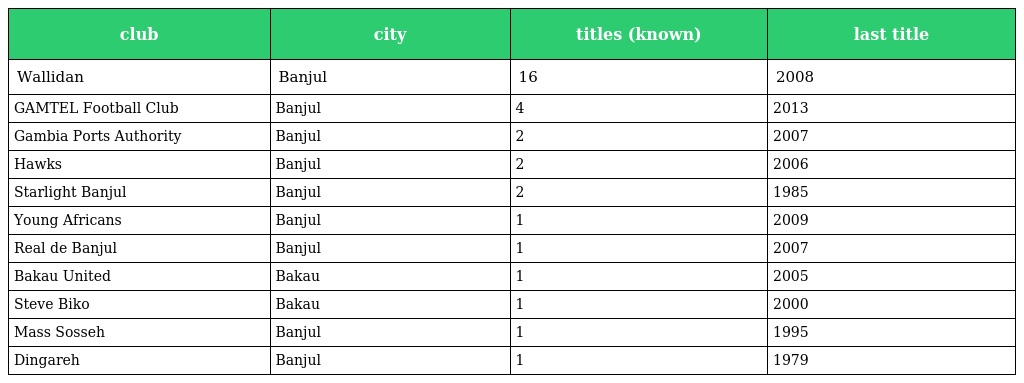
| club | city | titles (known) | last title |
 | --- | --- | --- | --- |
 | Wallidan | Banjul | 16 | 2008 |
 | GAMTEL Football Club | Banjul | 4 | 2013 |
 | Gambia Ports Authority | Banjul | 2 | 2007 |
 | Hawks | Banjul | 2 | 2006 |
 | Starlight Banjul | Banjul | 2 | 1985 |
 | Young Africans | Banjul | 1 | 2009 |
 | Real de Banjul | Banjul | 1 | 2007 |
 | Bakau United | Bakau | 1 | 2005 |
 | Steve Biko | Bakau | 1 | 2000 |
 | Mass Sosseh | Banjul | 1 | 1995 |
 | Dingareh | Banjul | 1 | 1979 |